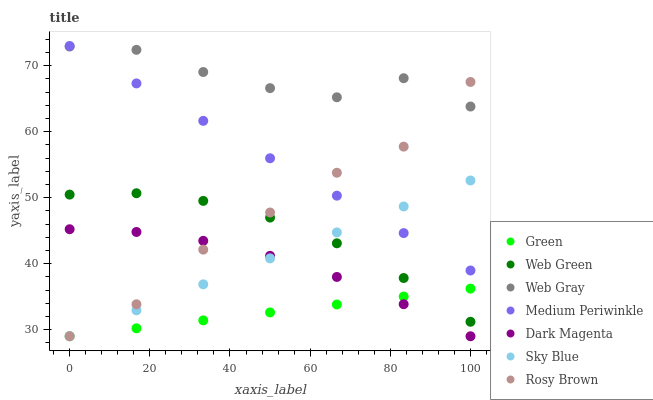
| xaxis_label | Green | Web Green | Web Gray | Medium Periwinkle | Dark Magenta | Sky Blue | Rosy Brown |
 | --- | --- | --- | --- | --- | --- | --- | --- |
 | 0 | 29 | 50.5 | 72.9 | 73 | 45.2 | 29 | 29 |
 | 16.7 | 30.2 | 50.7 | 72.4 | 67.3 | 44.8 | 32.9 | 33.8 |
 | 33.3 | 31.4 | 49.5 | 69.1 | 61.7 | 43.5 | 36.9 | 42.1 |
 | 50 | 32.6 | 47 | 66.6 | 56 | 41.2 | 40.8 | 47.8 |
 | 66.7 | 33.8 | 43.1 | 65.2 | 50.3 | 38 | 44.7 | 53.8 |
 | 83.3 | 35 | 37.8 | 68.1 | 44.6 | 33.9 | 48.7 | 57.7 |
 | 100 | 36.2 | 31.2 | 63.8 | 39 | 29 | 52.6 | 67.6 |